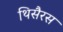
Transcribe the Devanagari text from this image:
थिसैरस